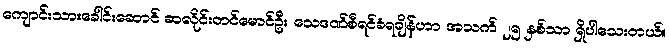
ကျောင်းသားခေါင်းဆောင် ဆလိုင်းတင်မောင်ဦး သေဒဏ်စီရင်ခံရချိန်ဟာ အသက် ၂၅ နှစ်သာ ရှိပါသေးတယ်။